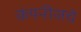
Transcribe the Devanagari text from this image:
कंपनीजचे